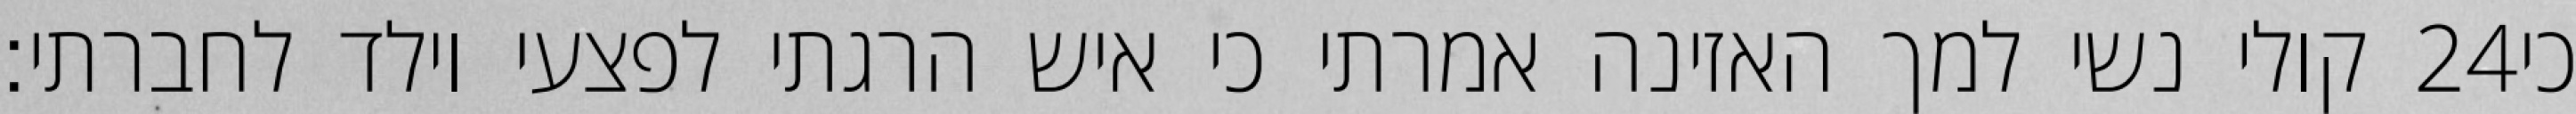
קולי נשי למך האזינה אמרתי כי איש הרגתי לפצעי וילד לחברתי׃ ‎24‏ כי